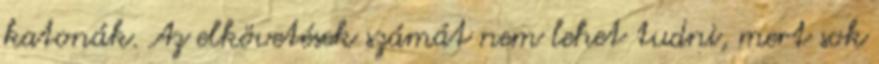
katonák. Az elkövetések számát nem lehet tudni, mert sok